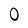
Character: O